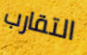
التقارب